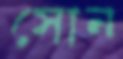
সোন